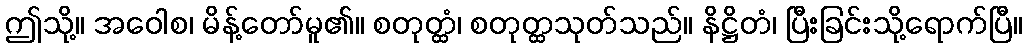
ဤသို့။ အဝေါစ၊ မိန့်တော်မူ၏။ စတုတ္ထံ၊ စတုတ္ထသုတ်သည်။ နိဋ္ဌိတံ၊ ပြီးခြင်းသို့ရောက်ပြီ။